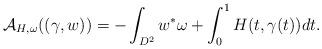
LaTeX: \begin{align*} \mathcal A_{H, \omega}((\gamma, w)) = -\int_{D^2} w^* \omega + \int_0^1 H(t, \gamma(t)) dt. \end{align*}